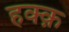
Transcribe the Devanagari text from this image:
हक्क़